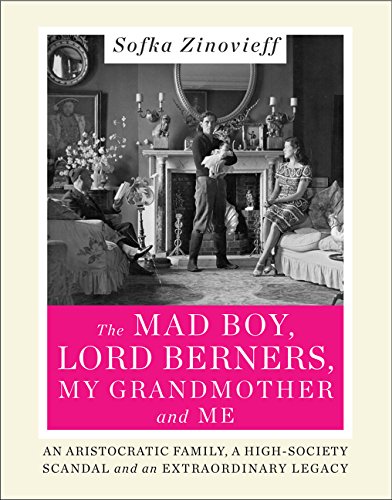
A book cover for The Mad Boy, Lord Berners, My Grandmother and Me: An Aristocratic Family, a High-Society Scandal and an Extraordinary Legacy; Sofka Zinovieff; Biographies & Memoirs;